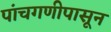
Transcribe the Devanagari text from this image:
पांचगणीपासून